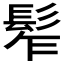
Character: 𩬟